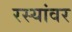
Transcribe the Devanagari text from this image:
रस्यांवर